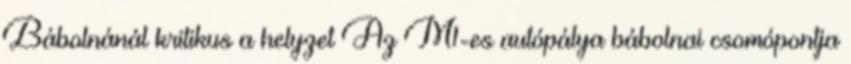
Bábolnánál kritikus a helyzet Az M1-es autópálya bábolnai csomópontja